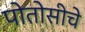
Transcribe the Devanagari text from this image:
पोतोसीचे